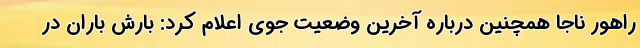
راهور ناجا همچنین درباره آخرین وضعیت جوی اعلام کرد: بارش باران در